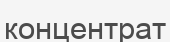
концентрат